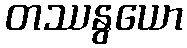
တဿနွယော